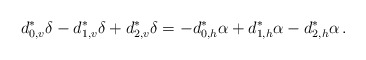
\begin{align*} d_{0,v}^*\delta -d_{1,v}^*\delta +d_{2,v}^*\delta = -d_{0,h}^*\alpha +d_{1,h}^*\alpha -d_{2,h}^*\alpha\,. \end{align*}